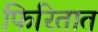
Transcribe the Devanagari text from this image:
फिरितात